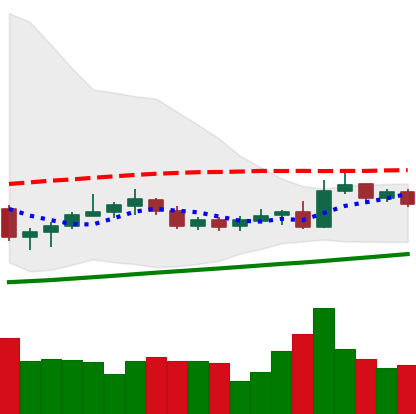
Ticker: NEO-USD
Chart end date: 2020-10-25
Forward return: -17.048%
Label: down_7plus